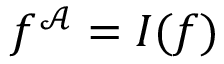
f ^ { \mathcal { A } } = I ( f )